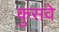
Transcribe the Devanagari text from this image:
कुसवे